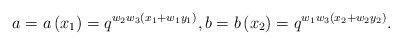
\begin{align*}a=a\left(x_{1}\right)=q^{w_{2}w_{3}\left(x_{1}+w_{1}y_{1}\right)},b=b\left(x_{2}\right)=q^{w_{1}w_{3}\left(x_{2}+w_{2}y_{2}\right)}.\end{align*}